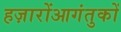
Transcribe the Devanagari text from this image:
हज़ारोंआगंतुकों